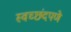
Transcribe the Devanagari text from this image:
स्वच्छंदपणे